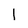
Character: 1